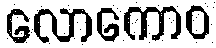
လောကောဝ